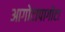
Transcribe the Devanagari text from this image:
आगोटापागोटा